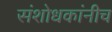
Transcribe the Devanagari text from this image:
संशोधकांनीच